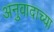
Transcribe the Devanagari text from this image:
अनुवादाच्‍या